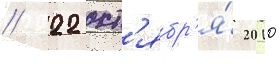
// 22 окт'ябр'я́ 2010